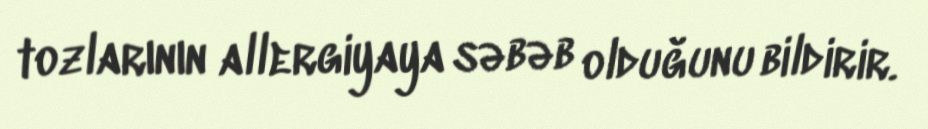
tozlarının allergiyaya səbəb olduğunu bildirir.